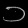
Digit: ၁